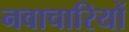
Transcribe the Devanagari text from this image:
नवाचारियों